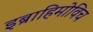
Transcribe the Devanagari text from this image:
इब्राहिमोविच